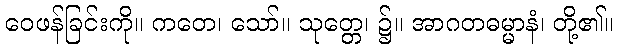
ဝေဖန်ခြင်းကို။ ကတေ၊ သော်။ သုတ္တေ၊ ၌။ အာဂတဓမ္မာနံ၊ တို့၏။